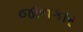
જાનકાર